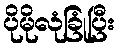
ပိုမိုလုံခြုံပြီး